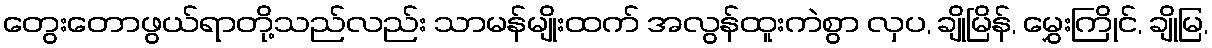
တွေးတောဖွယ်ရာတို့သည်လည်း သာမန်မျိုးထက် အလွန်ထူးကဲစွာ လှပ, ချိုမြိန်, မွှေးကြိုင်, ချိုမြ,